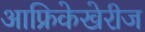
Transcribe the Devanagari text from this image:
आफ्रिकेखेरीज